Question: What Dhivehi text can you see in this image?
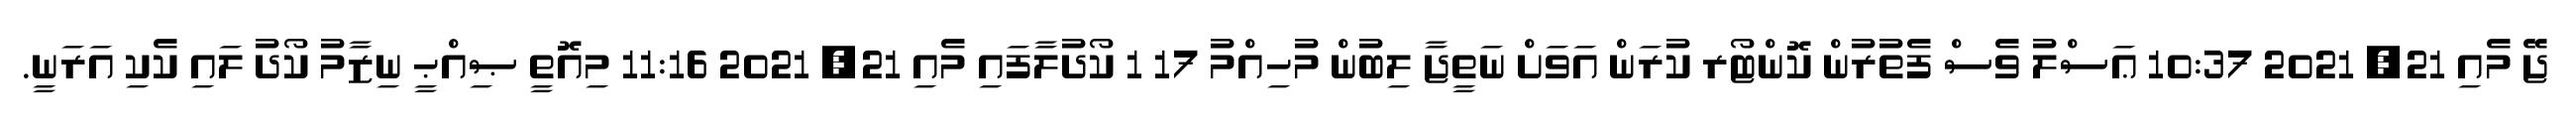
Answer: ޖޭ މެއި 21, 2021 10:37 ޢަސްލު ވެސް ފެތުރުން ކޮންޓޯރ ކުރަން އަވަށް ނަތީޖާ ލިބުން މުހިއްމު 17 1 ކޯދުލާފައި މެއި 21, 2021 11:16 މިއޮތީ ޞިއްޙީ ނިޒާމު ކޯދު ލައި ކެކި އަރަނީ.